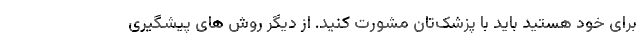
برای خود هستید باید با پزشک‌تان مشورت کنید. از دیگر روش های پیشگیری